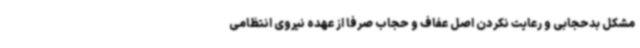
مشکل بدحجابی و رعایت نکردن اصل عفاف و حجاب صرفاً از عهده نیروی انتظامی